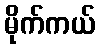
မိုက်ကယ်